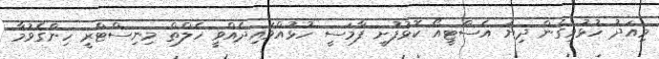
މިއަދު ހުޅުވިގެން ދިޔަ އެސްޓީއޯ ކޮޅުފުށީ ފާމަސީ ހުޅުއްވައިދެއްވީ ހެލްތް މިނިސްޓްރީ ހިންގެވުމާ